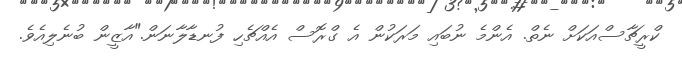
ކްރީޗާސްއަކަށް ނެތް. އެންމެ ނުބައި މަރަކުން އެ ގްރޮސް އެއްޗެހި ފުނޑާލާނަން."އާޒީން ބުނެލިއެވެ.